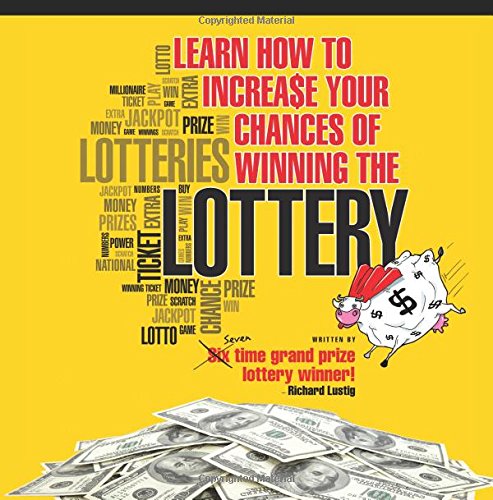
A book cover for Learn How To Increase Your Chances of Winning The Lottery; Richard Lustig; Humor & Entertainment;